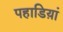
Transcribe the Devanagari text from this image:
पहाडिय़ां